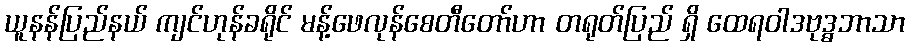
ယူနန်ပြည်နယ် ကျင်ဟုန်ခရိုင် မန့်ဖေလုန်စေတီတော်ဟာ တရုတ်ပြည် ရှိ ထေရဝါဒဗုဒ္ဓဘာသာ